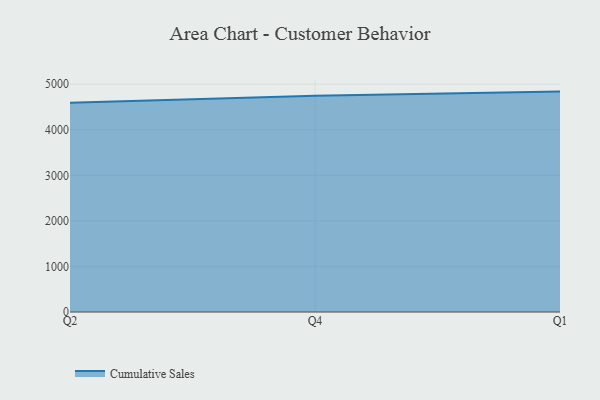
{"axis": {"x": "Quarter", "y": "Shipments"}, "legend": ["Cumulative Sales"], "data": [{"x": "Q2", "y": 4593.1, "type": "Cumulative Sales"}, {"x": "Q4", "y": 4745.3, "type": "Cumulative Sales"}, {"x": "Q1", "y": 4836.9, "type": "Cumulative Sales"}]}